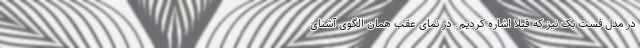
در مدل فست بک نیز که قبلا اشاره کردیم. در نمای عقب همان الگوی آشنای